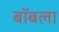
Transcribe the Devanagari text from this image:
बॉबला